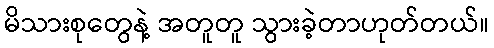
မိသားစုတွေနဲ့ အတူတူ သွားခဲ့တာဟုတ်တယ်။